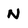
Character: N